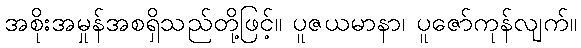
အစိုးအမှုန်အစရှိသည်တို့ဖြင့်။ ပူဇယမာနာ၊ ပူဇော်ကုန်လျက်။